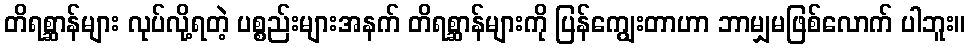
တိရစ္ဆာန်များ လုပ်လို့ရတဲ့ ပစ္စည်းများအနက် တိရစ္ဆာန်များကို ပြန်ကျွေးတာဟာ ဘာမျှမဖြစ်လောက် ပါဘူး။